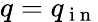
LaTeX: q=q_{\mathrm{~i~n~}}